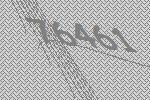
76461